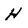
Character: H